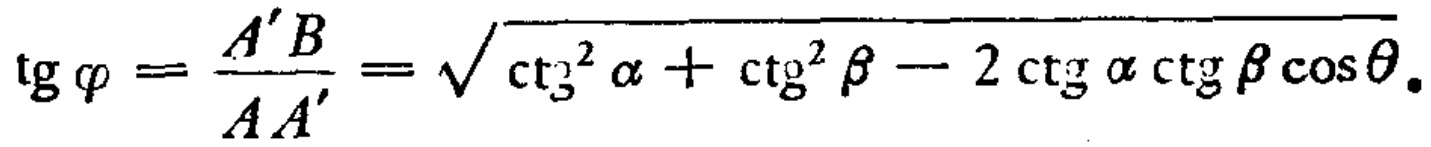
\(\operatorname{tg} \varphi=\frac{A^{\prime} B}{A A^{\prime}}=\sqrt{\operatorname{ctg}^{2} \alpha+\operatorname{ctg}^{2} \beta-2 \operatorname{ctg} \alpha \operatorname{ctg} \beta \cos \theta}.\)